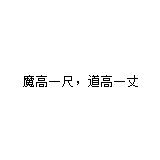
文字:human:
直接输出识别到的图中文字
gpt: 魔高一尺，道高一丈